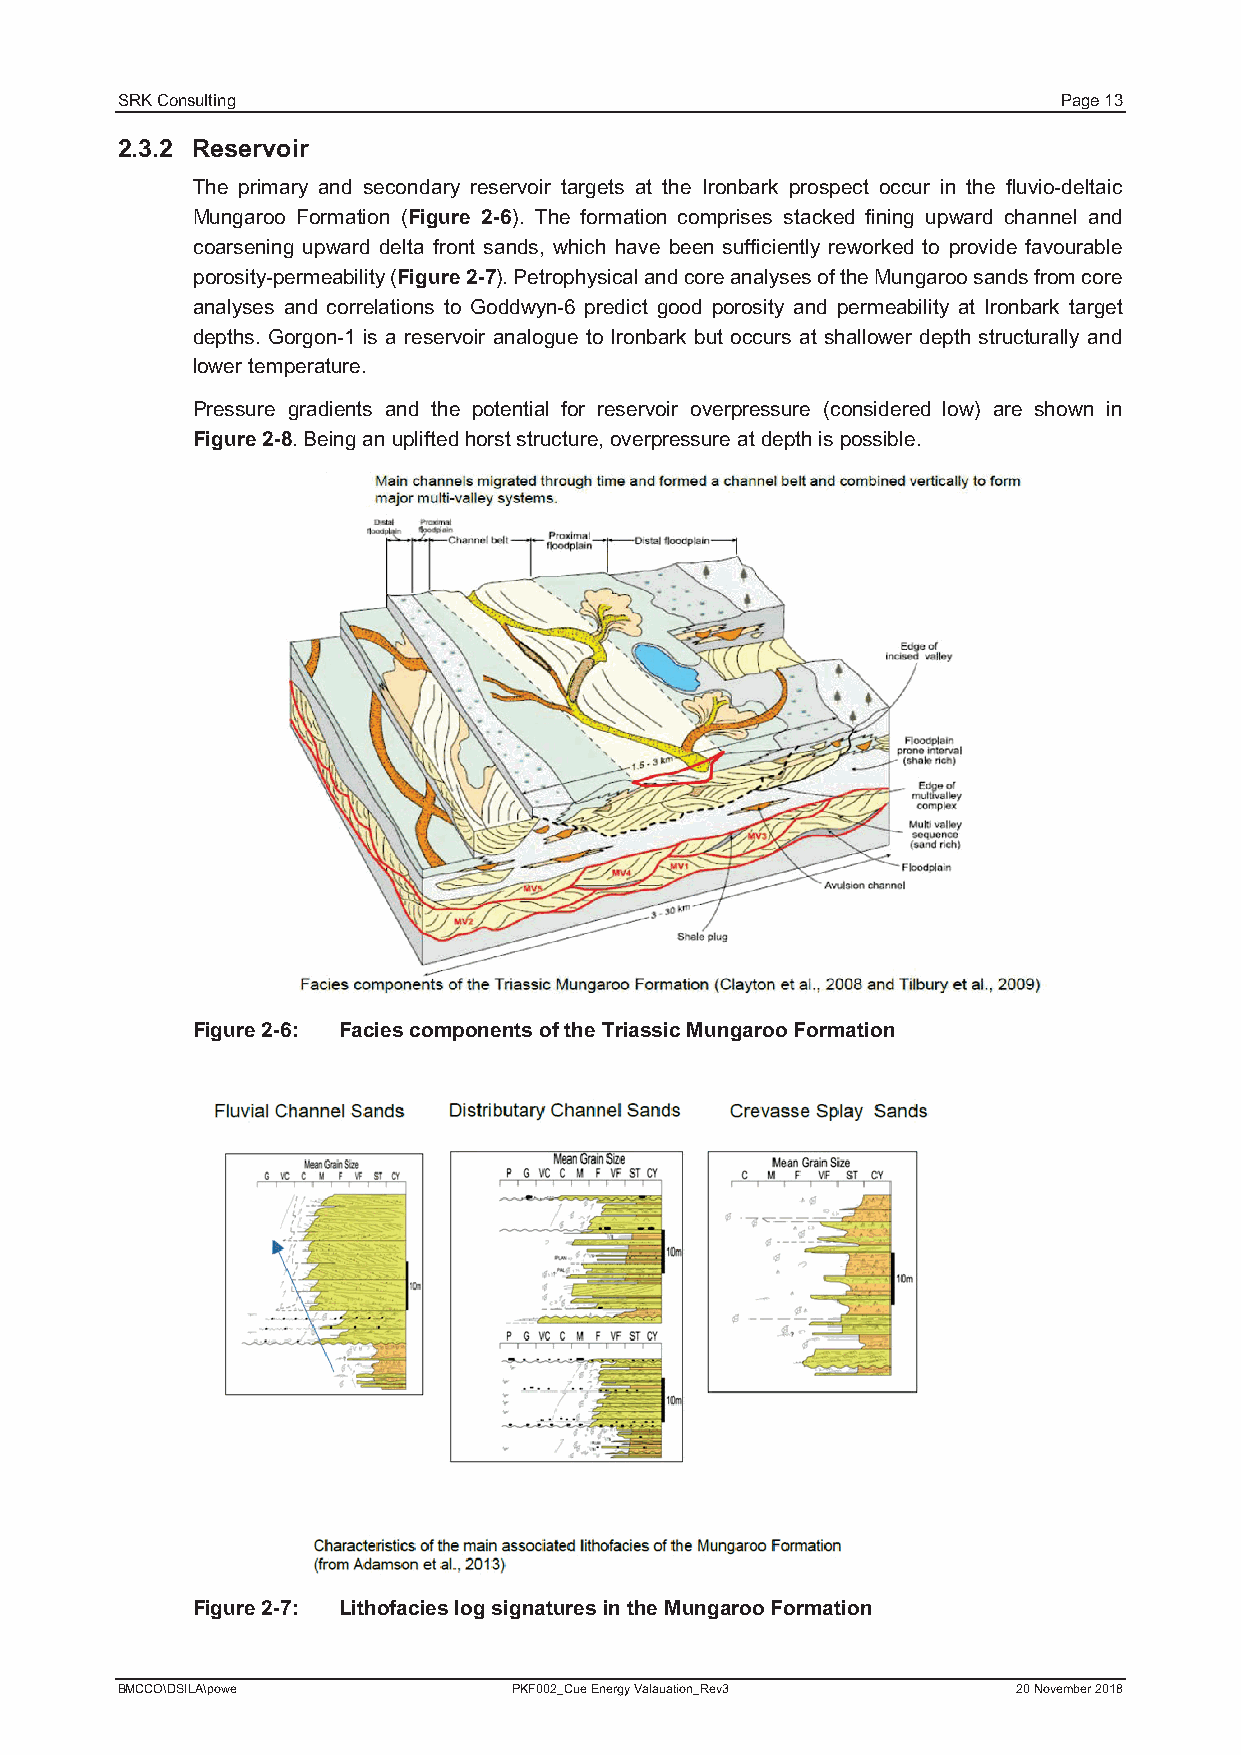
SRK Consulting                                                Page 13
 2.3.2 Reservoir
 The primary and secondary reservoir targets at the Ironbark prospect occur in the fluvio-deltaic
 Mungaroo Formation (Figure 2-6). The formation comprises stacked fining upward channel and
 coarsening upward delta front sands, which have been sufficiently reworked to provide favourable
 porosity-permeability (Figure 2-7).Petrophysical and core analyses of the Mungaroo sands from core
 analyses and correlations to Goddwyn-6 predict good porosity and permeability at Ironbark target
 depths. Gorgon-1 is a reservoir analogue to Ironbark but occurs at shallower depth structurally and
 lower temperature.
 Pressure gradients and the potential for reservoir overpressure (considered low) are shown in
 Figure2-8. Being an uplifted horst structure,overpressure at depth is possible.
 Figure 2-6: Facies components of the Triassic Mungaroo Formation
 Figure 2-7: Lithofacies log signatures in the Mungaroo Formation
 BMCCO\DSILA\powe          PKF002_Cue Energy Valauation_Rev3 20 November 2018